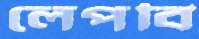
লেপবি